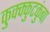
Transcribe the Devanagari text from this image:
कुक्क्कुटकुंबा